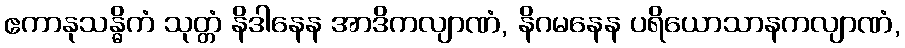
ဧကာနုသန္ဓိကံ သုတ္တံ နိဒါနေန အာဒိကလျာဏံ, နိဂမနေန ပရိယောသာနကလျာဏံ,